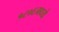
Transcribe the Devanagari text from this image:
१८०६मध्ये